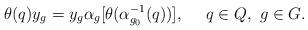
LaTeX: \begin{align*} \theta(q) y_g = y_g \alpha_g[ \theta ( \alpha_{g_0}^{-1}(q))], \ \ \ \ q \in Q, \ g \in G.\end{align*}